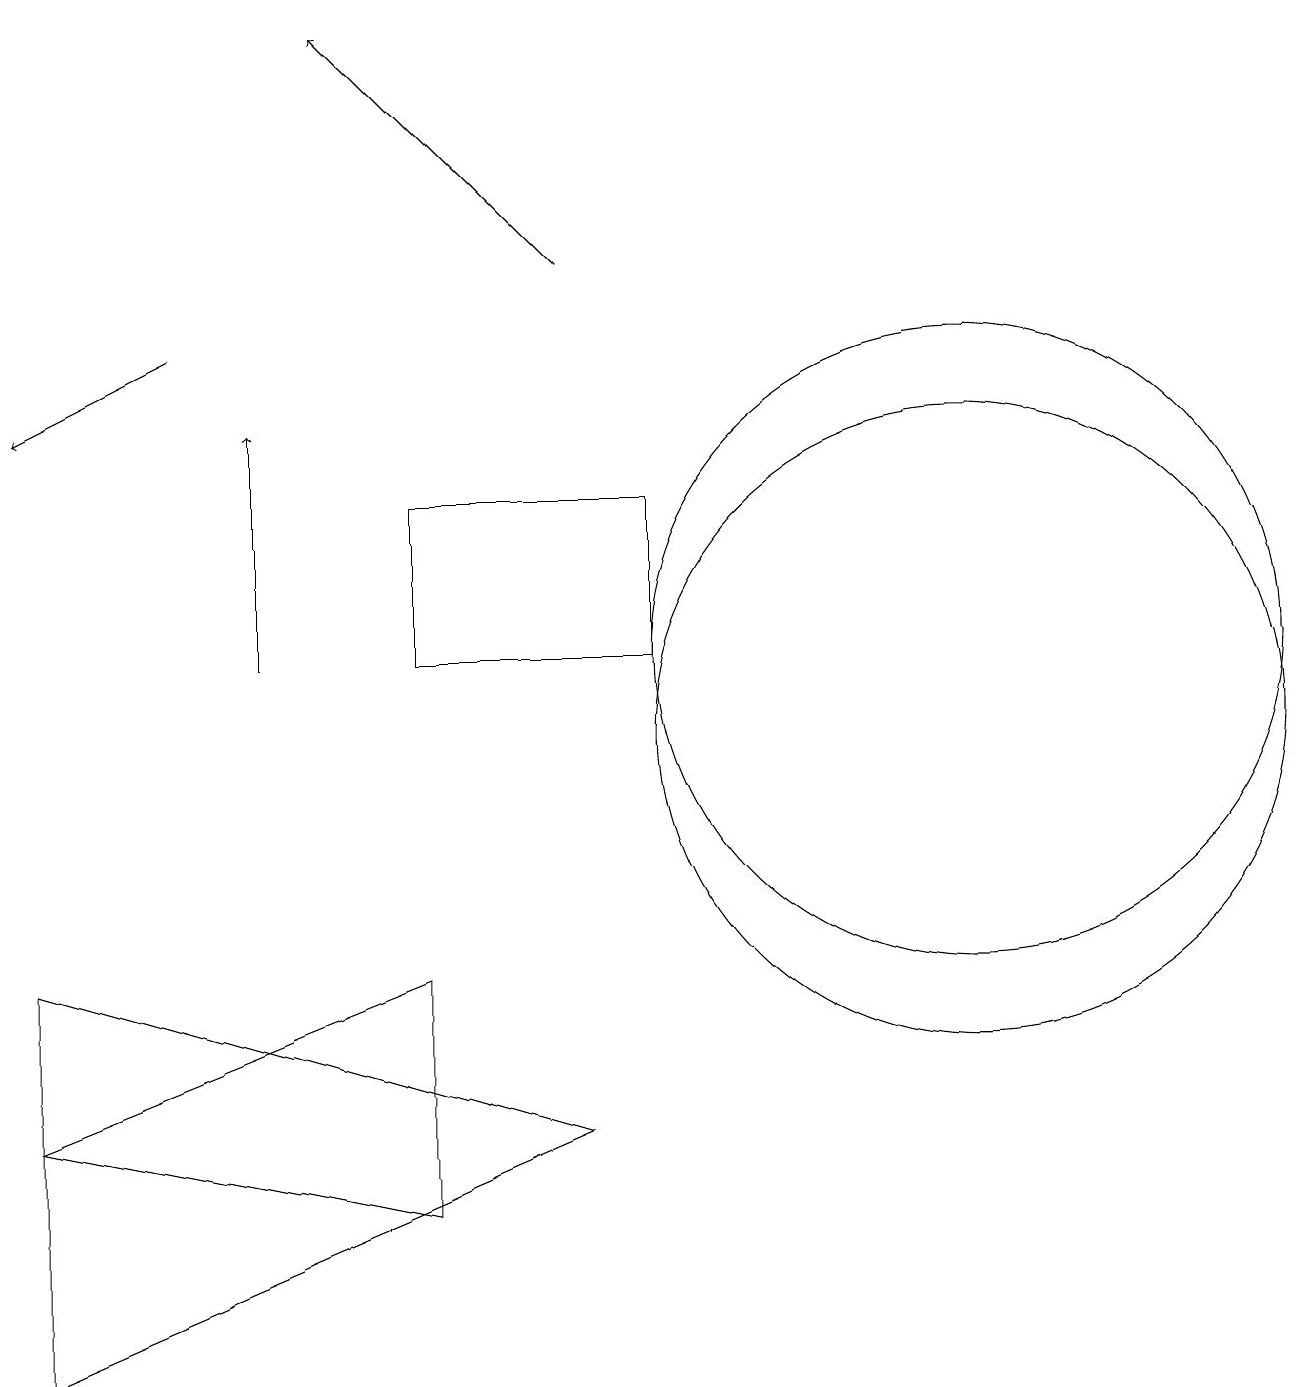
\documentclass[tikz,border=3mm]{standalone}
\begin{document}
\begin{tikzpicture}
\draw (12,10) circle (4);
\draw[->] (7,16) -- (4,19);
\draw (5,13) rectangle (8,11);
\draw[->] (3,11) -- (3,14);
\draw (7,5) -- (0,7) -- (0,2) -- cycle;
\draw (0,5) -- (5,4) -- (5,7) -- cycle;
\draw[->] (2,15) -- (0,14);
\draw (12,11) circle (4);
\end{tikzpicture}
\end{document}